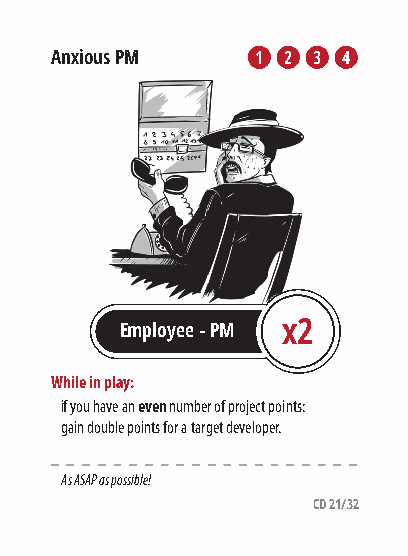
Anxious PM    1 2 3 4
 Employee - PM x2
 While in play:
 if you have an even number of project points:
 gain double points for a target developer.
 As ASAP as possible!
 CD 21/32